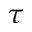
\tau